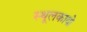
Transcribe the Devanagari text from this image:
स्थूलकायो